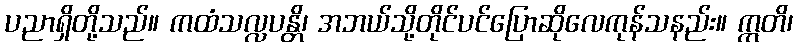
ပညာရှိတို့သည်။ ကထံသလ္လပန္တိ၊ အဘယ်သို့တိုင်ပင်ပြောဆိုလေကုန်သနည်း။ ဣတိ၊